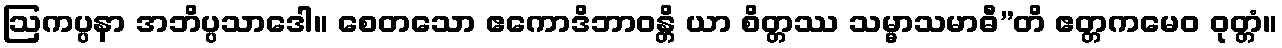
ဩကပ္ပနာ အဘိပ္ပသာဒေါ။ စေတသော ဧကောဒိဘာဝန္တိ ယာ စိတ္တဿ သမ္မာသမာဓီ”တိ ဧတ္တကမေဝ ဝုတ္တံ။